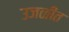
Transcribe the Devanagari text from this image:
उजळीत